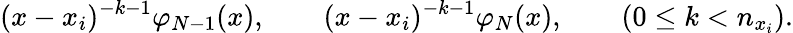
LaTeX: (x-x_{i})^{-k-1}\varphi_{N-1}(x),\qquad(x-x_{i})^{-k-1}\varphi_{N}(x),\qquad(0\le k<n_{x_{i}}).